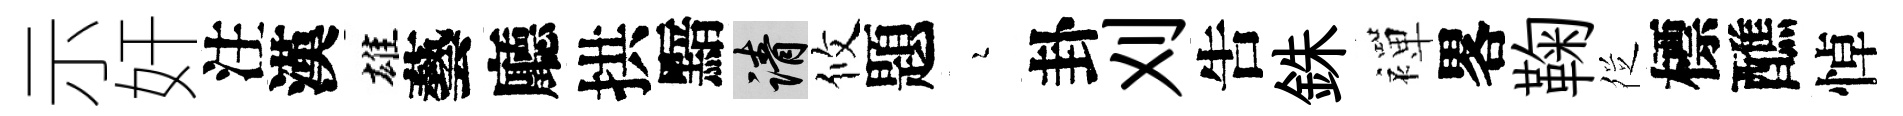
示奸注漢雄藝廳拱黯請攸題瑟卦刈吿銖襌畧鞠徔標醮悼